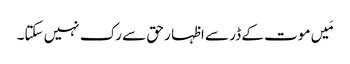
مَیں موت کے ڈر سے اظہا ر حق سے رک نہیں سکتا۔